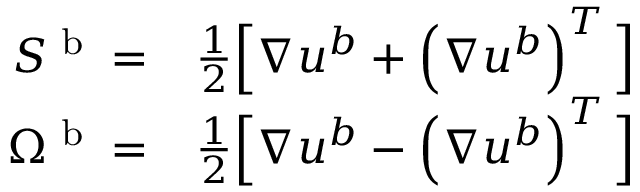
\begin{array} { r l } { S ^ { \textup { b } } = } & { \frac { 1 } { 2 } \Big [ \nabla \boldsymbol { u } ^ { b } + \left( \nabla \boldsymbol { u } ^ { b } \right) ^ { T } \Big ] } \\ { \Omega ^ { \textup { b } } = } & { \frac { 1 } { 2 } \Big [ \nabla \boldsymbol { u } ^ { b } - \left( \nabla \boldsymbol { u } ^ { b } \right) ^ { T } \Big ] } \end{array}